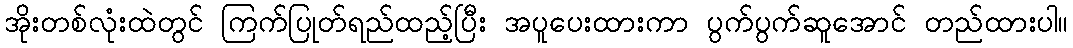
အိုးတစ်လုံးထဲတွင် ကြက်ပြုတ်ရည်ထည့်ပြီး အပူပေးထားကာ ပွက်ပွက်ဆူအောင် တည်ထားပါ။